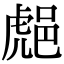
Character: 𨛸